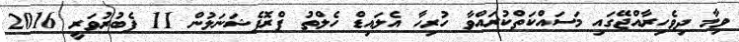
ވިމާ ދިވެހިރާއްޖޭގައި މަސައްކަތްކުރައްވާ ހުރިހާ އެލައިޑް ހެލްތު ޕްރޮފެޝަނަލުން 11 ފެބުރުވަރީ 2016